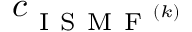
c _ { \mathrm { ~ I ~ S ~ M ~ F ~ } ^ { ( k ) } }